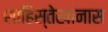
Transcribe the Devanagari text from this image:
शाहिस्तेखानास